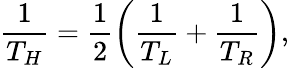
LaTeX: \frac{1}{T_{H}}=\frac{1}{2}\left(\frac{1}{T_{L}}+\frac{1}{T_{R}}\right),